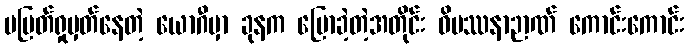
မပြတ်ရှုမှတ်နေတဲ့ ယောဂီမှာ ခုနက ပြောခဲ့တဲ့အတိုင်း ဝိပဿနာဉာဏ် ကောင်းကောင်း